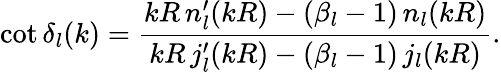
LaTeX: \cot\delta_{l}(k)=\frac{kR\, n_{l}^{\prime}(kR)-(\beta_{l}-1)\, n_{l}(kR)}{kR\, j_{l}^{\prime}(kR)-(\beta_{l}-1)\, j_{l}(kR)}.